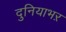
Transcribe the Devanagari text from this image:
दुनियाभऱ